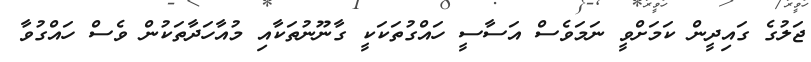
ޖަލުގެ ގައިދީން ކަމަށްވީ ނަމަވެސް އަސާސީ ހައްގުތަކަކީ ގާނޫނުތަކާއި މުއާހަދާތަކުން ވެސް ހައްގުވާ